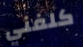
كلفني